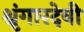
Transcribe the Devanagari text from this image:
श्रृंगारदेवी